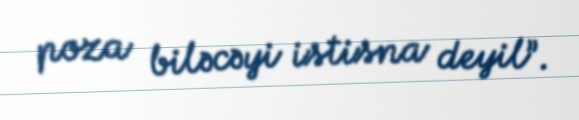
poza biləcəyi istisna deyil”.